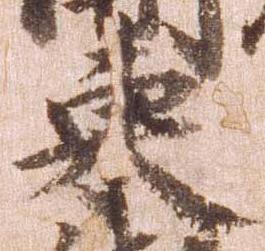
東